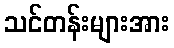
သင်တန်းများအား